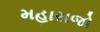
મહારાજો